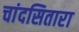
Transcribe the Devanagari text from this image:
चांदसितारा